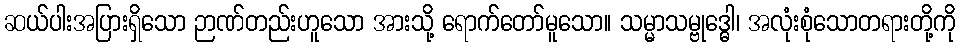
ဆယ်ပါးအပြားရှိသော ဉာဏ်တည်းဟူသော အားသို့ ရောက်တော်မူသော။ သမ္မာသမ္ဗုဒ္ဓေါ၊ အလုံးစုံသောတရားတို့ကို